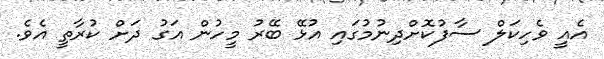
އެއީ ވެހިކަލް ސާފުކޮށްދިނުމުގައި އުޅޭ ބޭރު މީހުން އަގު ދަށް ކުރާތީ އެވެ.